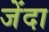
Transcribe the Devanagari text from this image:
जेंदा